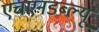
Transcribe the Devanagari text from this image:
एचएनडब्ल्यू